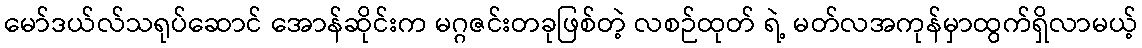
မော်ဒယ်လ်သရုပ်ဆောင် အောန်ဆိုင်းက မဂ္ဂဇင်းတခုဖြစ်တဲ့ လစဉ်ထုတ် ရဲ့ မတ်လအကုန်မှာထွက်ရှိလာမယ့်